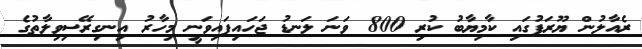
ރެއާލުން ޔޫރަޕުގައި ކާމިޔާބު ކުރި 800 ވަނަ ލަނޑު ޖަހައިފައިވަނީ މިހާރު އިނގިރޭސިވިލާތުގެ